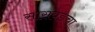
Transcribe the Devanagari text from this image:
सासवडचा